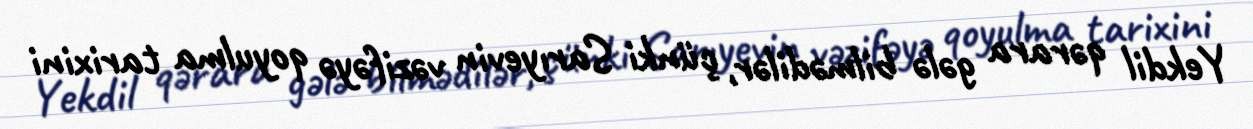
Yekdil qərara gələ bilmədilər, çünki Sarıyevin vəzifəyə qoyulma tarixini